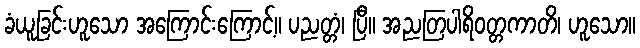
ခံယူခြင်းဟူသော အကြောင်းကြောင့်။ ပညတ္တံ၊ ပြီ။ အညတြပါရိဝတ္တကာတိ၊ ဟူသော။